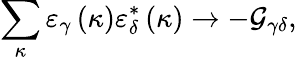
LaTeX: \sum_{\kappa}\varepsilon_{\gamma}\left(\kappa\right)\varepsilon_{\delta}^{*}\left(\kappa\right)\rightarrow-\mathcal{G}_{\gamma\delta},